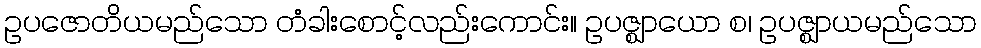
ဥပဇောတိယမည်သော တံခါးစောင့်လည်းကောင်း။ ဥပဇ္ဈာယော စ၊ ဥပဇ္ဈာယမည်သော